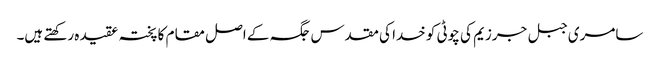
سامری جبل جرزیم کی چوٹی کو خدا کی مقدس جگہ کے اصل مقام کا پختہ عقیدہ رکھتے ہیں۔